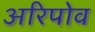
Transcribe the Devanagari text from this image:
अरिपोव